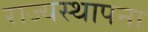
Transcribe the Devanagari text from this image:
राज्यस्थापना